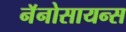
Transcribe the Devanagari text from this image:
नॅनोसायन्स